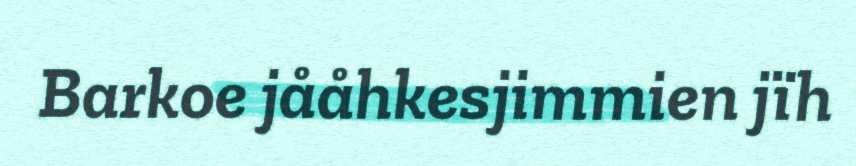
Barkoe jååhkesjimmien jïh